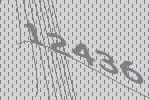
12436